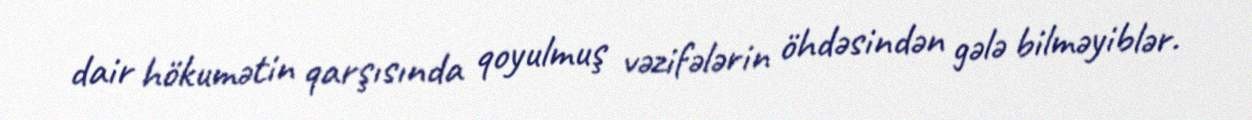
dair hökumətin qarşısında qoyulmuş vəzifələrin öhdəsindən gələ bilməyiblər.